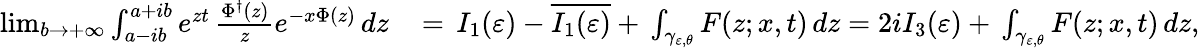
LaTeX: \begin{array}{rl}{\operatorname*{lim}_{b\to+\infty}\int_{a-ib}^{a+ib}e^{zt}\, \frac{\Phi^{\dagger}(z)}{z}e^{-x\Phi(z)}\, dz\, }&{=\, I_{1}(\varepsilon)-\overline{{I_{1}(\varepsilon)}}+\, \int_{\gamma_{\varepsilon,\theta}}F(z;x,t)\, dz=2iI_{3}(\varepsilon)+\, \int_{\gamma_{\varepsilon,\theta}}F(z;x,t)\, dz,}\end{array}